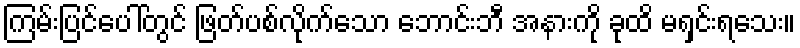
ကြမ်းပြင်ပေါ်တွင် ဖြတ်ပစ်လိုက်သော ဘောင်းဘီ အနားကို ခုထိ မရှင်းရသေး။